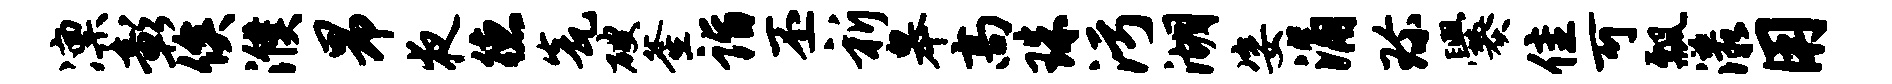
凛彰俟濮昂夜德瓮破釜诣丕祈皋高珠污湖姿涌珍爨隹可瓢漾用